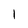
Character: 1